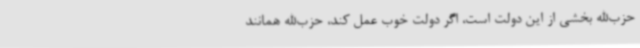
حزب‌الله بخشی از این دولت است، اگر دولت خوب عمل کند، حزب‌الله همانند